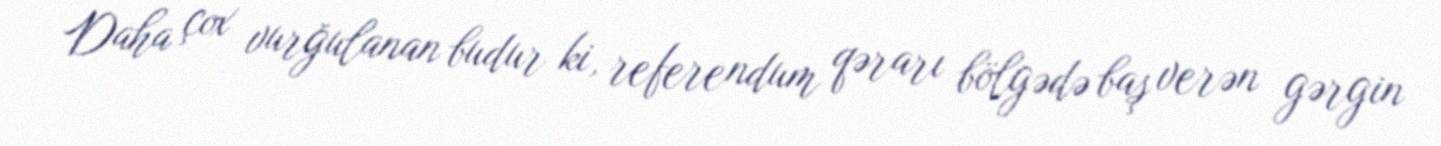
Daha çox vurğulanan budur ki, referendum qərarı bölgədə baş verən gərgin